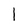
Character: 1